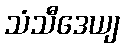
သံသီဒေယျ